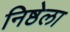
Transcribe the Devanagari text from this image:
निष्ठेला